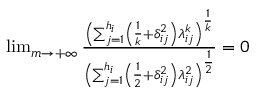
\begin{array} { r l r } & { } & { \operatorname* { l i m } _ { m \rightarrow + \infty } \frac { \left( \sum _ { j = 1 } ^ { h _ { i } } \left( \frac { 1 } { k } + \delta _ { i j } ^ { 2 } \right) \lambda _ { i j } ^ { k } \right) ^ { \frac { 1 } { k } } } { \left( \sum _ { j = 1 } ^ { h _ { i } } \left( \frac { 1 } { 2 } + \delta _ { i j } ^ { 2 } \right) \lambda _ { i j } ^ { 2 } \right) ^ { \frac { 1 } { 2 } } } = 0 } \end{array}